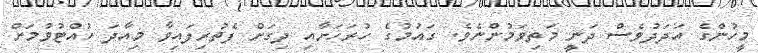
މީހުންގެ އަދަދުވެސް ދަނީ މަތިވަމުންނެވެ. ގައުމުގެ ހުރަހަށާއި ދިގަށް ފެތުރިފައިވާ މިއާދަ ހުއްޓުވުމަށް